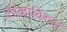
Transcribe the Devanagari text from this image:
लोकांविरुद्ध